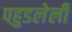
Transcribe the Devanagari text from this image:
पहुडलेली